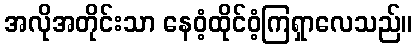
အလိုအတိုင်းသာ နေဝံ့ထိုင်ဝံ့ကြရှာလေသည်။